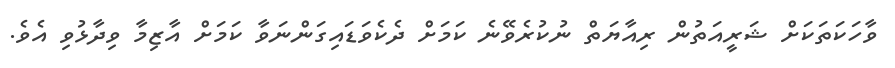
ވާހަކަތަކަށް ޝަރީއަތުން ރިއާޔަތް ނުކުރެވޭނެ ކަމަށް ދެކެވަޑައިގަންނަވާ ކަމަށް އާޒިމާ ވިދާޅުވި އެވެ.